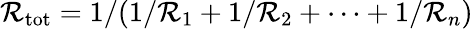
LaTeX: \mathcal{R}_{\mathrm{{tot}}}=1/(1/\mathcal{R}_{1}+1/\mathcal{R}_{2}+\cdots+1/\mathcal{R}_{n})